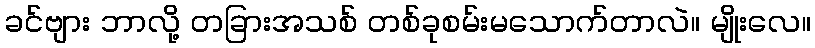
ခင်ဗျား ဘာလို့ တခြားအသစ် တစ်ခုစမ်းမသောက်တာလဲ။ မျိုးလေ။